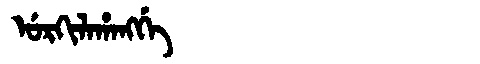
Manchu: ᡠᡵᡴᡳᠯᠠᡥᠠᠩᡤᡝ
Romanization: URKILAHANGGE